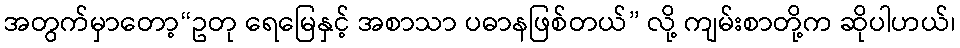
အတွက်မှာတော့“ဥတု ရေမြေနှင့် အစာသာ ပဓာနဖြစ်တယ်” လို့ ကျမ်းစာတို့က ဆိုပါဟယ်၊